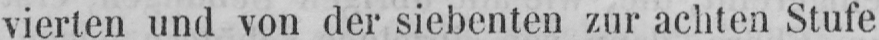
vierten und von der siebenten zur achten Stufe